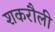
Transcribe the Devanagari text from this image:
शकरौली